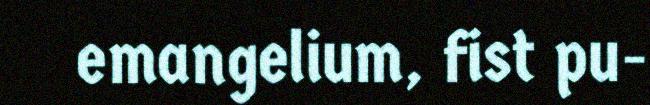
emangelium, fist pu-